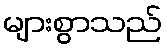
များစွာသည်